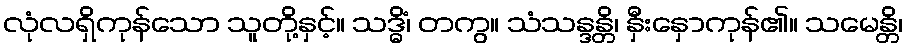
လုံလရှိကုန်သော သူတို့နှင့်။ သဒ္ဓိံ၊ တကွ။ သံသန္ဒန္တိ၊ နှီးနှောကုန်၏။ သမေန္တိ၊